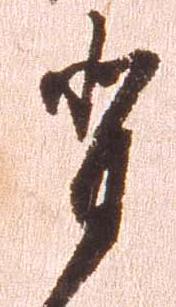
背